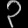
Digit: ၃